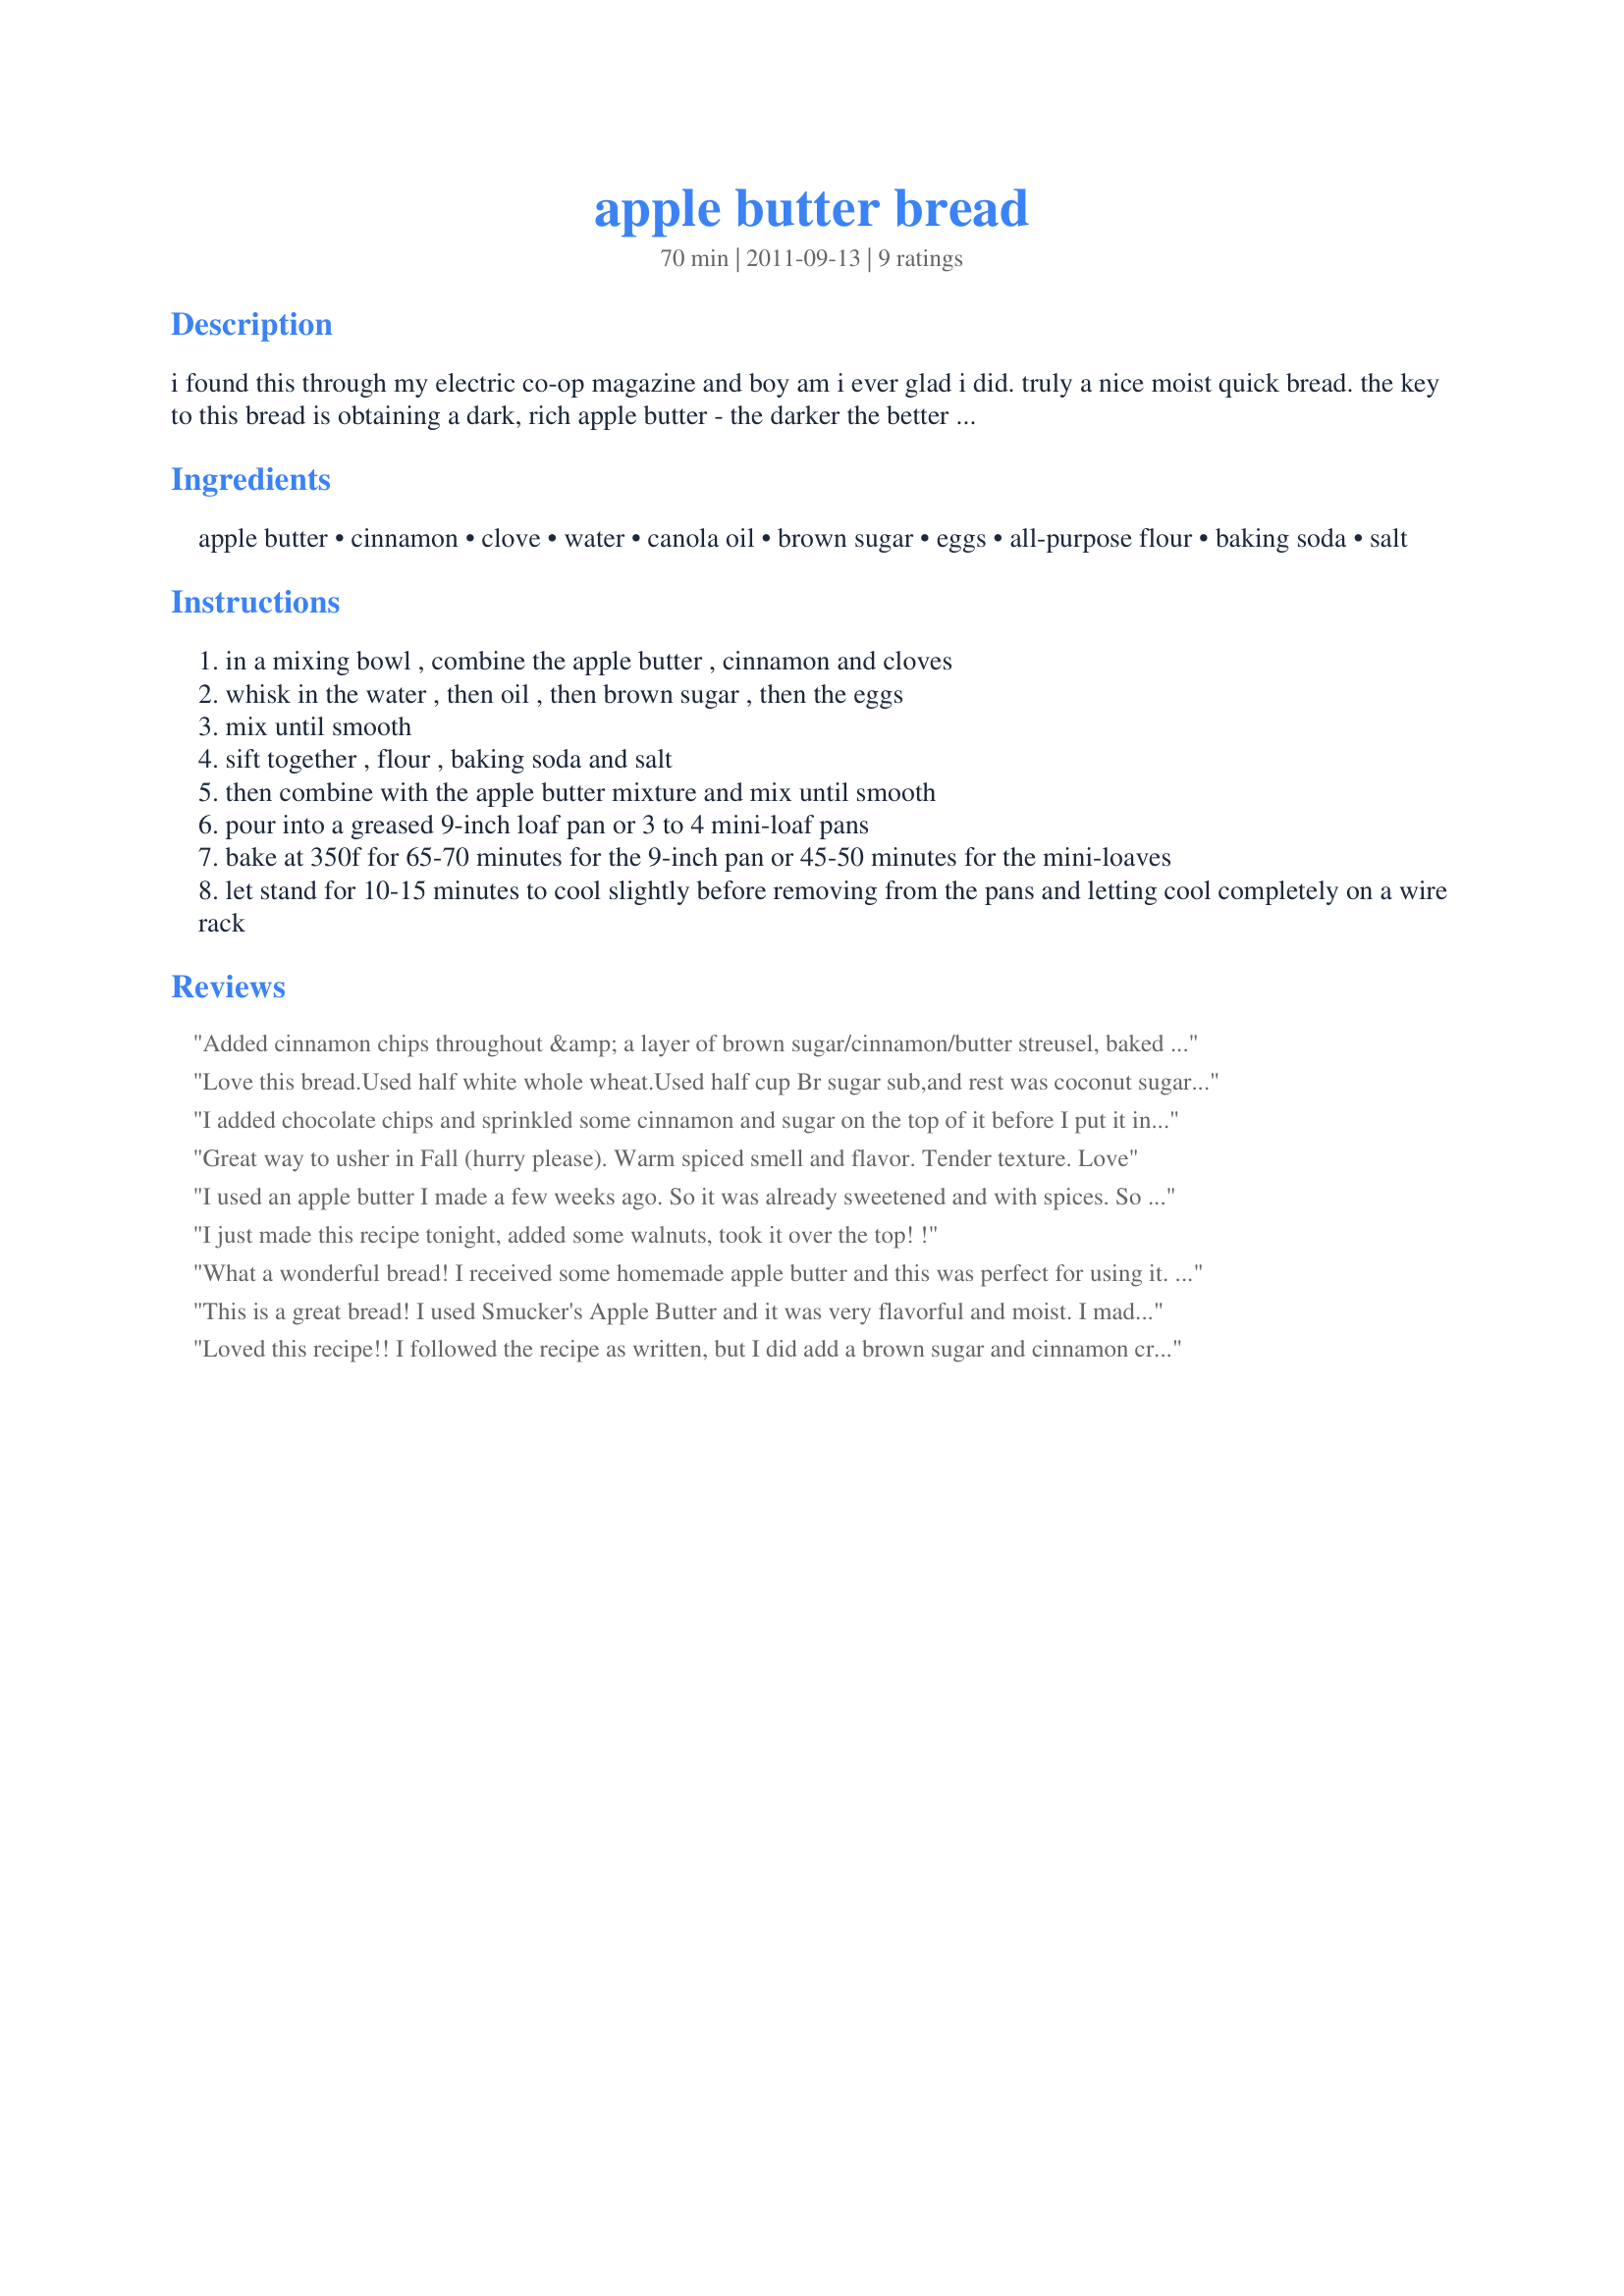
apple butter bread
Preparation time: 70 minutes

i found this through my electric co-op magazine and boy am i ever glad i did. truly a nice moist quick bread. the key to this bread is obtaining a dark, rich apple butter - the darker the better for flavor. i used white house apple butter which was wonderful and outside of my mom's fresh homemade apple butter it is the best i've tried. i hope you enjoy this recipe as much as my family.

Ingredients:
apple butter, cinnamon, clove, water, canola oil, brown sugar, eggs, all-purpose flour, baking soda, salt

Steps:
in a mixing bowl , combine the apple butter , cinnamon and cloves
whisk in the water , then oil , then brown sugar , then the eggs
mix until smooth
sift together , flour , baking soda and salt
then combine with the apple butter mixture and mix until smooth
pour into a greased 9-inch loaf pan or 3 to 4 mini-loaf pans
bake at 350f for 65-70 minutes for the 9-inch pan or 45-50 minutes for the mini-loaves
let stand for 10-15 minutes to cool slightly before removing from the pans and letting cool completely on a wire rack

Reviews:
Added cinnamon chips throughout &amp; a layer of brown sugar/cinnamon/butter streusel, baked at 375 for 60 min. Honestly, it looked and felt like a brick when I took it out of the oven, but the reviews are fabulous!
Love this bread.Used half white whole wheat.Used half cup Br sugar sub,and rest was coconut sugar and Splends Nectresse sweetner.Also used less oil.I had a lot of pears on my tree,so made pear butter.Used it.Tastes like apple.Same seasonings.Moist and flavorful.Am using this recipe for mini loafs for gifts.
I added chocolate chips and sprinkled some cinnamon and sugar on the top of it before I put it in the oven! Yummy yummy yummy
Great way to usher in Fall (hurry please). Warm spiced smell and flavor. Tender texture. Love
I used an apple butter I made a few weeks ago. So it was already sweetened and with spices. So I had to omit the sugar and spices of this recipe. The bread turned out so moist. And the taste is really good. Thanks HokiesMom :) Made for I Recommend tag game
I just made this recipe tonight, added some walnuts, took it over the top! !
What a wonderful bread! I received some homemade apple butter and this was perfect for using it. I followed exactly and it came out great. Hubby took it to work and everyone there raved about it also. Made for Everday&#039;s a Holiday Tag Game 2014.
This is a great bread! I used Smucker's Apple Butter and it was very flavorful and moist. I made it for DH to take to work; after I sliced it up I ended up eating 2 pieces!! Will be making this again, it is a perfect Fall bread I think. Made for Everyday Holiday.
Loved this recipe!! I followed the recipe as written, but I did add a brown sugar and cinnamon crumb topping. I could eat the entire loaf myself, but my family is making me share :D
